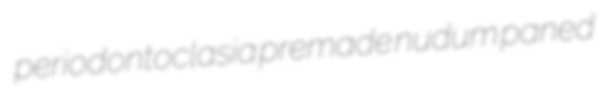
periodontoclasia premade nudum paned